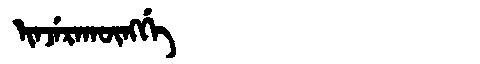
Manchu: ᡳᠨᠵᡝᡵᠠᡴᡡᠩᡤᡝ
Romanization: INJERAKŪNGGE